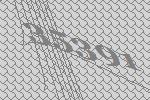
35391